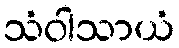
သံဝါသာယံ